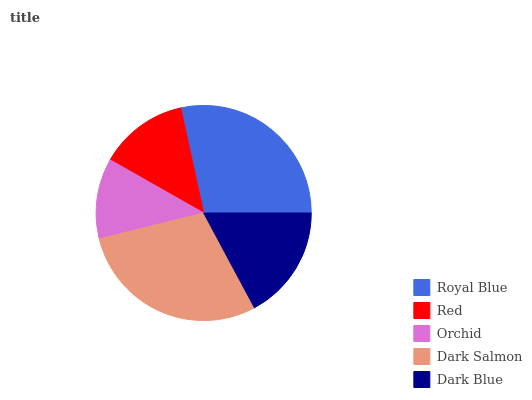
| Royal Blue | Red | Orchid | Dark Salmon | Dark Blue |
 | --- | --- | --- | --- | --- |
 | 28.5% | 13.4% | 12.1% | 28.9% | 17.2% |